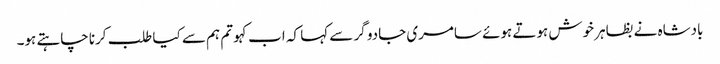
بادشاہ نے بظاہر خوش ہوتے ہوئے سامری جادو گر سے کہا کہ اب کہو تم ہم سے کیا طلب کرنا چاہتے ہو۔